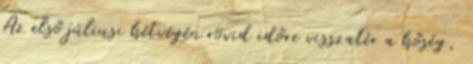
Az első júliusi hétvégén rövid időre visszatér a hőség,